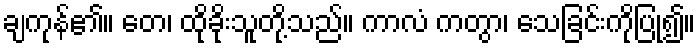
ချကုန်၏။ တေ၊ ထိုခိုးသူတို့သည်။ ကာလံ ကတွာ၊ သေခြင်းကိုပြု၍။